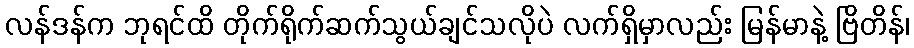
လန်ဒန်က ဘုရင်ထိ တိုက်ရိုက်ဆက်သွယ်ချင်သလိုပဲ လက်ရှိမှာလည်း မြန်မာနဲ့ ဗြိတိန်၊